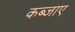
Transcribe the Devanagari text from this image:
कब्जाए